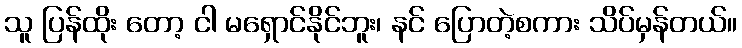
သူ ပြန်ထိုး တော့ ငါ မရှောင်နိုင်ဘူး၊ နင် ပြောတဲ့စကား သိပ်မှန်တယ်။